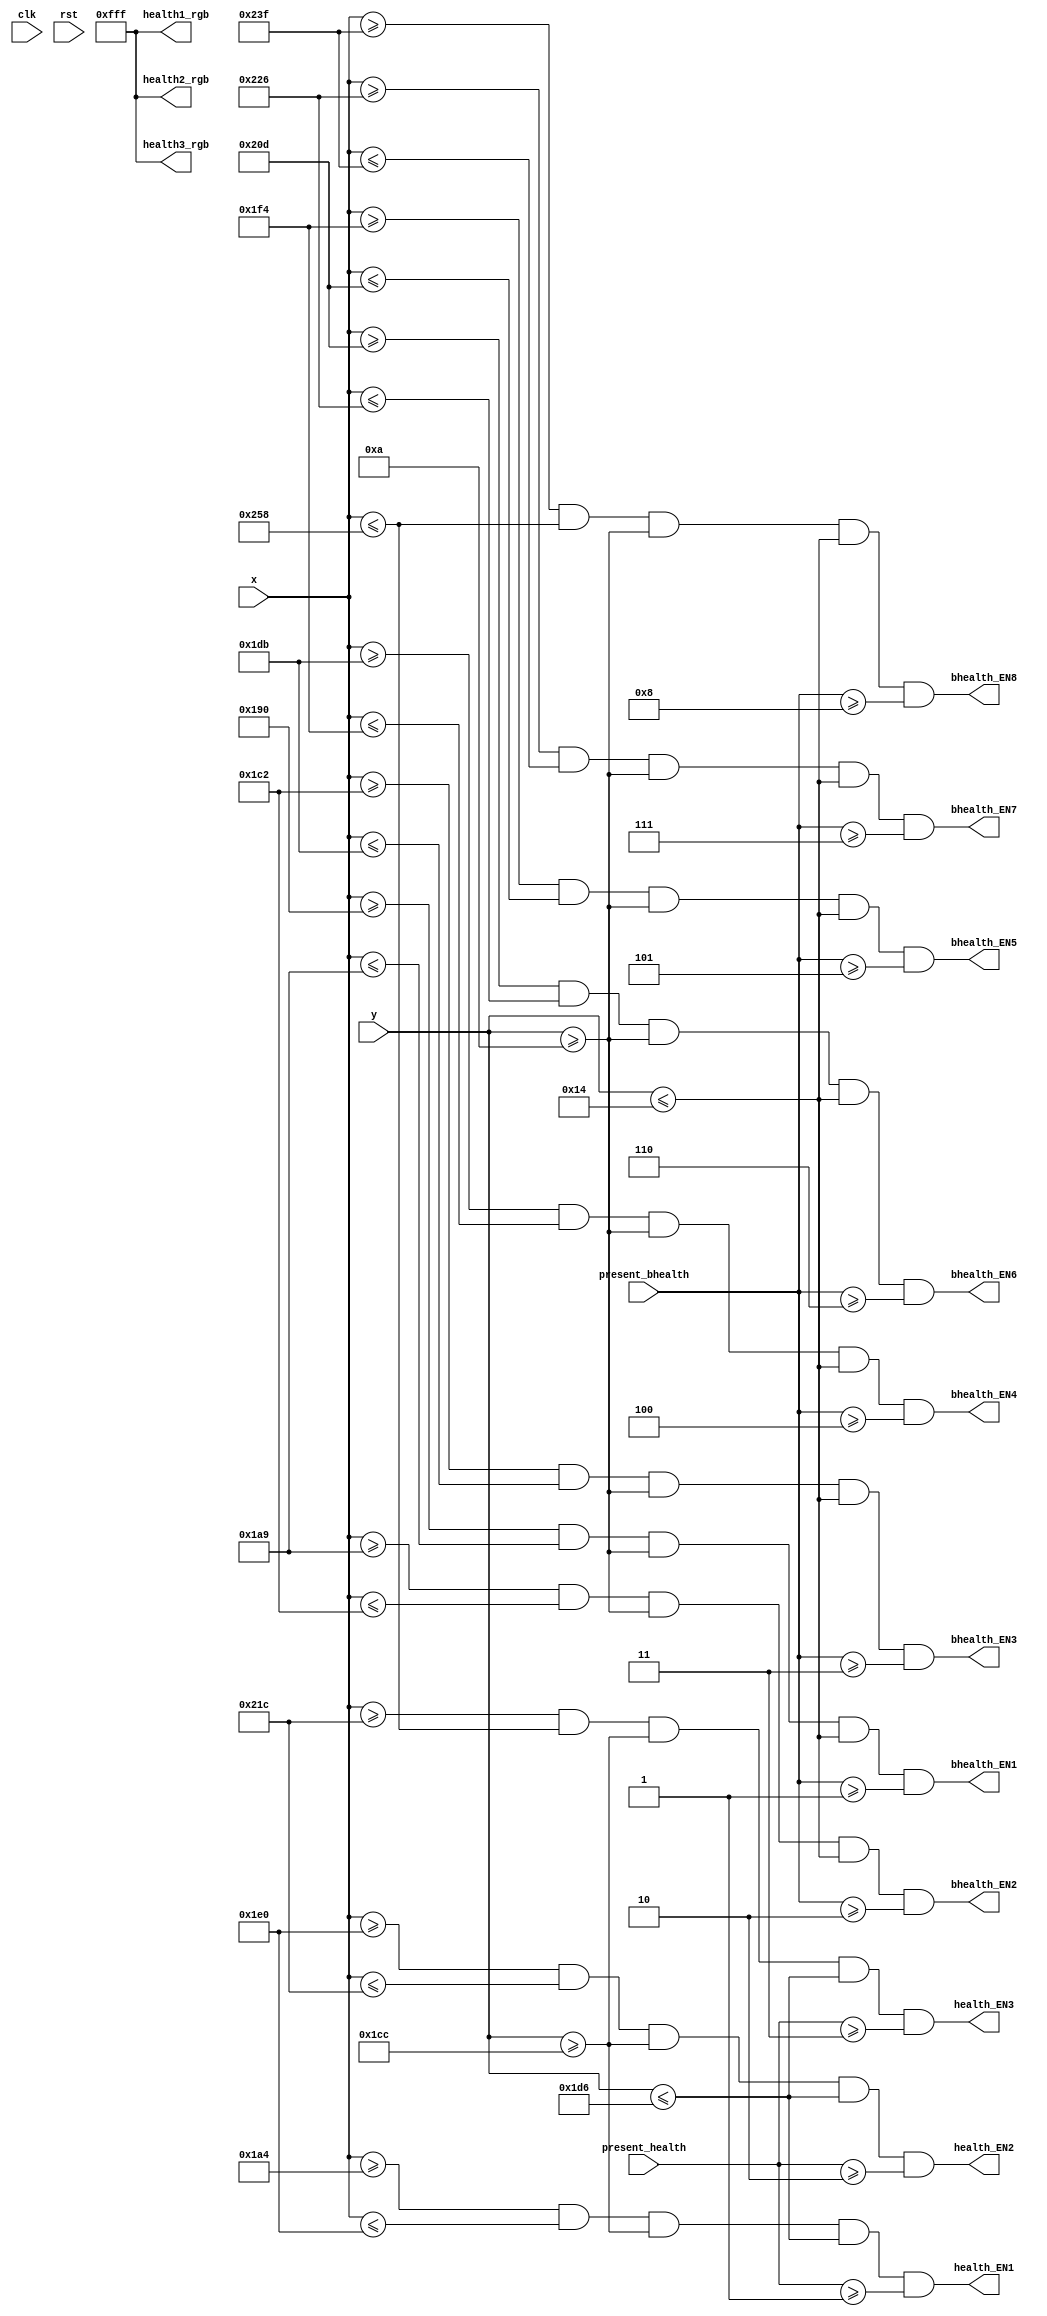
module Health_Judge (
    input clk, rst,
    input [9:0] x, y,
    input [3:0] present_health,
    input [3:0] present_bhealth,
    output reg [11:0] health1_rgb,
    output reg [11:0] health2_rgb,
    output reg [11:0] health3_rgb,
    output health_EN1,
    output health_EN2,
    output health_EN3,
    output bhealth_EN1,
    output bhealth_EN2,
    output bhealth_EN3,
    output bhealth_EN4,
    output bhealth_EN5,
    output bhealth_EN6,
    output bhealth_EN7,
    output bhealth_EN8
);

    always @* begin
        health1_rgb <= 12'b111111111111;
        health2_rgb <= 12'b111111111111;
        health3_rgb <= 12'b111111111111;
    end

    assign health_EN1 = (x >= 420 && x <= 480 && y >= 460 && y <= 470 && present_health >= 4'b0001);
    assign health_EN2 = (x >= 480 && x <= 540 && y >= 460 && y <= 470 && present_health >= 4'b0010);
    assign health_EN3 = (x >= 540 && x <= 600 && y >= 460 && y <= 470 && present_health >= 4'b0011);
    assign bhealth_EN1 = (x >= 400 && x <= 425 && y >= 10 && y <= 20 && present_bhealth >= 4'b0001);
    assign bhealth_EN2 = (x >= 425 && x <= 450 && y >= 10 && y <= 20 && present_bhealth >= 4'b0010);
    assign bhealth_EN3 = (x >= 450 && x <= 475 && y >= 10 && y <= 20 && present_bhealth >= 4'b0011);
    assign bhealth_EN4 = (x >= 475 && x <= 500 && y >= 10 && y <= 20 && present_bhealth >= 4'b0100);
    assign bhealth_EN5 = (x >= 500 && x <= 525 && y >= 10 && y <= 20 && present_bhealth >= 4'b0101);
    assign bhealth_EN6 = (x >= 525 && x <= 550 && y >= 10 && y <= 20 && present_bhealth >= 4'b0110);
    assign bhealth_EN7 = (x >= 550 && x <= 575 && y >= 10 && y <= 20 && present_bhealth >= 4'b0111);
    assign bhealth_EN8 = (x >= 575 && x <= 600 && y >= 10 && y <= 20 && present_bhealth >= 4'b1000);

endmodule